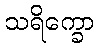
သရိက္ခော